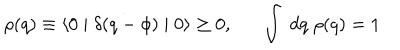
\rho ( q ) \equiv \langle 0 \mid \delta ( q - \phi ) \mid 0 \rangle \geq 0 , \int \; d q \; \rho ( q ) = 1